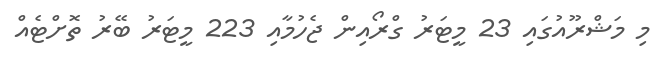
މި މަޝްރޫއުގައި 23 މީޓަރު ގްރޯއިން ޖެހުމާއި 223 މީޓަރު ބޭރު ތޮށްޓެއް